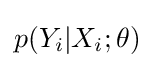
p(Y_{i}|X_{i};\theta )